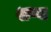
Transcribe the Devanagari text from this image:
शष्य